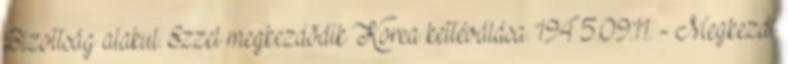
Bizottság alakul. Ezzel megkezdõdik Korea kettéválása. 1945.09.11. - Megkezdi